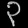
Digit: ၃